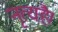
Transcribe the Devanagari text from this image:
नृत्यहै।